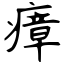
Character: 瘴